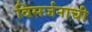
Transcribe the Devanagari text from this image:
विसर्जनाची